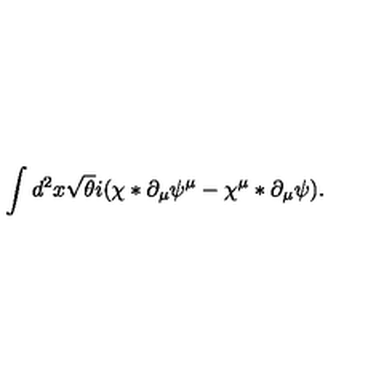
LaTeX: \int d ^ { 2 } x \sqrt { \theta } i ( \chi \ast \partial _ { \mu } \psi ^ { \mu } - \chi ^ { \mu } \ast \partial _ { \mu } \psi ) .